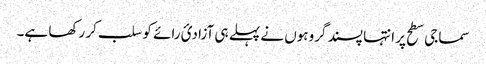
سماجی سطح پر انتہا پسند گروہوں نے پہلے ہی آزادیٔ رائے کو سلب کر رکھا ہے۔